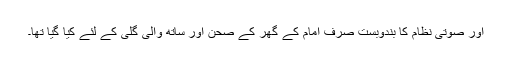
اور صوتی نظام کا بندوبست صرف امام کے گھر کے صحن اور ساتھ والی گلی کے لئے کیا گیا تھا۔